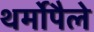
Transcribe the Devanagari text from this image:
थर्मोपैले